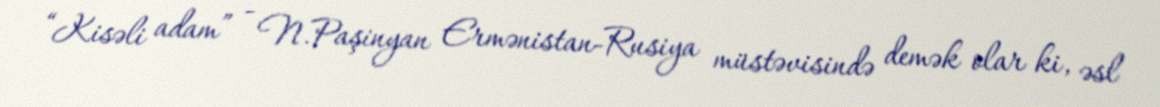
“Kisəli adam” - N.Paşinyan Ermənistan-Rusiya müstəvisində demək olar ki, əsl